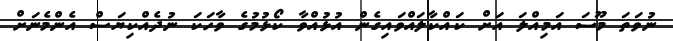
ނުވަތަ މޫސަ އަމިއްލަ އަށް ކައްކާލައްވައިގެން އުޅުއްވާ ކޯޅުމުގެ ވާހަކަ ނުދެއްކިޔަސް އެންމެނަށް